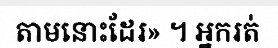
តាមនោះដែរ» ។ អ្នករត់